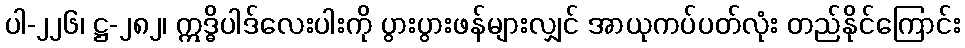
ပါ-၂၂၆၊ ဋ္ဌ-၂၈၂၊ ဣဒ္ဓိပါဒ်လေးပါးကို ပွားပွားဖန်များလျှင် အာယုကပ်ပတ်လုံး တည်နိုင်ကြောင်း